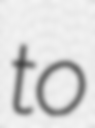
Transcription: to